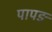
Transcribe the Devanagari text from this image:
पापङ